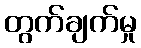
တွက်ချက်မှု